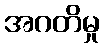
အဂတိမှု